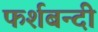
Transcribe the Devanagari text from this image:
फर्शबन्दी